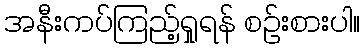
အနီးကပ်ကြည့်ရှုရန် စဉ်းစားပါ။